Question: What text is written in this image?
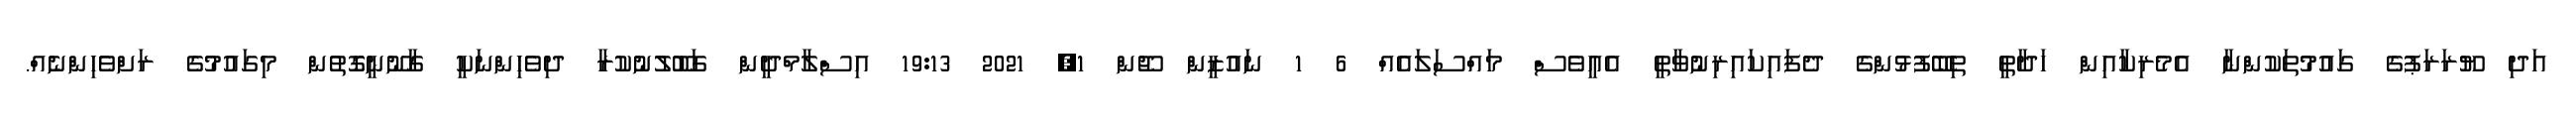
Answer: އަދި ޔޫރަރަޕުގެ ގައުމުތަކުންނާ އެމެރިކާއިން ހަދާތީ ތިބޭފުޅުންގެ ދެފައިކައިރިނުވާތީ އެއީވެސް މައްސަލައެއް 6 1 ނައުޒީން ޖޫން 1, 2021 19:13 އިސްލާމްދީން ގަބޫލުނުކުރާ ދިވެހިންނަކީ ގާނޫނީގޮތުން މިގައުމުގެ ރަށްވެހިންނެއް.